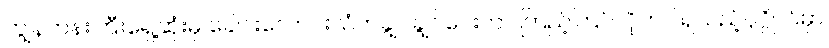
ကျွန်တန်းကြီးရှေ့ဆုံးမှ ခေါင်းလောင်းသံတချွင်ချွင်ပေးကာ ကြည့်ကြပ်လိုက်ပါရသည့်ပုဂ္ဂိုလ်မှာ